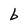
Character: b